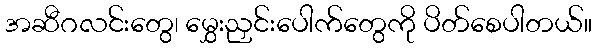
အဆီဂလင်းတွေ၊ မွှေးညှင်းပေါက်တွေကို ပိတ်စေပါတယ်။